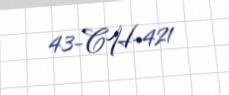
43-CH-421